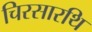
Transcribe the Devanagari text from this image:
चिरसारथि